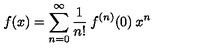
f ( x ) = \sum _ { n = 0 } ^ { \infty } \frac { 1 } { n ! } \: f ^ { ( n ) } ( 0 ) \: x ^ { n }